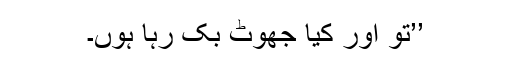
’’تو اور کیا جھوٹ بک رہا ہوں۔